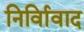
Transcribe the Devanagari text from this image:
निर्विावाद